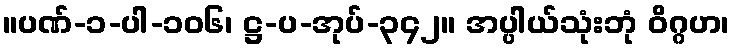
။ပဏ်-၁-ပါ-၁၀၆၊ ဋ္ဌ-ပ-အုပ်-၃၄၂။ အပ္ပါယ်သုံးဘုံ ဝိဂ္ဂဟ၊